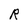
Character: R